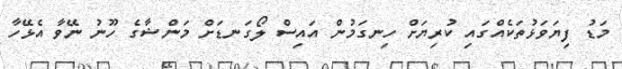
މަޑު ފިޔަވަޅުތަކެއްގައި ކުރިޔަށް ހިނގަމުން އައިސް ލޯގަނޑަށް މަންޝާގެ ހޫނު ނޭވާ އެޅޭހާ